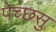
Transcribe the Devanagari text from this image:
पेच्छसु